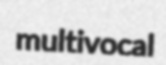
multivocal